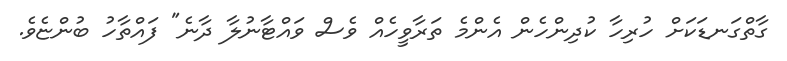
ގާތްގަނޑަކަށް ހުރިހާ ކުދިންހެން އެންމެ ތަރާވީހެއް ވެސް ވައްޓާނުލާ ދާނެ" ފައްތާހު ބުންޏެވެ.